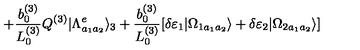
+ \frac { b _ { 0 } ^ { ( 3 ) } } { L _ { 0 } ^ { ( 3 ) } } Q ^ { ( 3 ) } | \Lambda _ { a _ { 1 } a _ { 2 } } ^ { e } \rangle _ { 3 } + \frac { b _ { 0 } ^ { ( 3 ) } } { L _ { 0 } ^ { ( 3 ) } } [ \delta \varepsilon _ { 1 } | \Omega _ { 1 a _ { 1 } a _ { 2 } } \rangle + \delta \varepsilon _ { 2 } | \Omega _ { 2 a _ { 1 } a _ { 2 } } \rangle ]